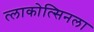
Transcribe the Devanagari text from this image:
त्लाकोत्सिनला